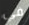
في